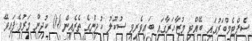
ސެޕްޓެމްބަރުގައި ބޭއްވި މުޒާހަރާގައި ބައިވެރިވި ސުކޫލު ކުދިންގެ ތެރެއިން 06 ކުދިން މަރުވެފައިވޭ